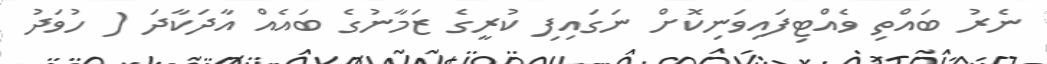
ނެރު ބައްތި ވެއްޓިފައިވަނިކޮށް ނަގައިފި ކުރީގެ ޒަމާނުގެ ބައެއް އާދަކާދަ ( ހުވަދު